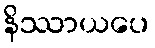
နိဿာယပေ